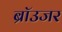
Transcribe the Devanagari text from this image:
ब्रॉउजर